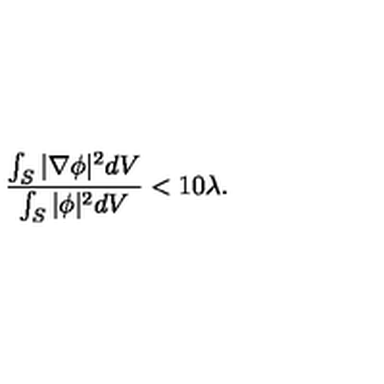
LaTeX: \frac { \int _ { S } \vert \nabla \phi \vert ^ { 2 } d V } { \int _ { S } \vert \phi \vert ^ { 2 } d V } < 1 0 \lambda .